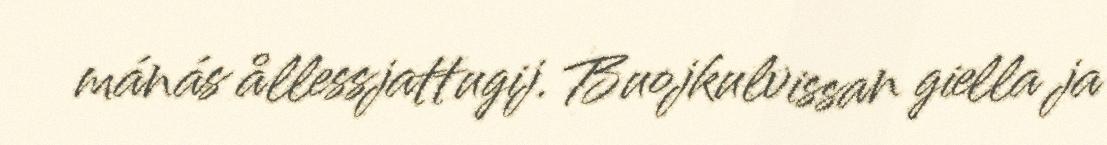
mánás ållessjattugij. Buojkulvissan giella ja